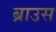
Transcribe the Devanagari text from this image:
ब्राउस